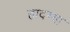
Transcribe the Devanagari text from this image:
हादग्या